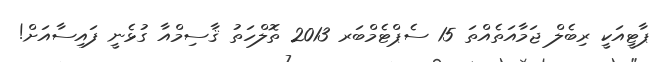
ޕާޓީއަކީ ރިބެލް ޖަމާއަތެއްތަ 15 ސެޕްޓެމްބަރ 2013 ތޮލްހަތު ޤާސިމްއާ ގުޅެނީ ފައިސާއަށް!